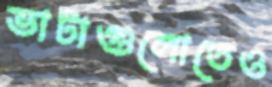
ভাটাগুলোতেও